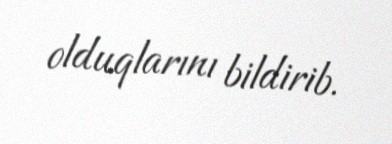
olduqlarını bildirib.